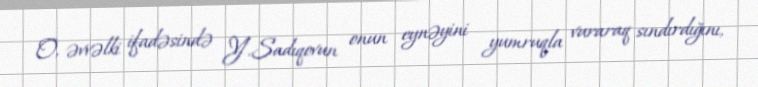
O, əvvəlki ifadəsində Y.Sadıqovun onun eynəyini yumruqla vuraraq sındırdığını,